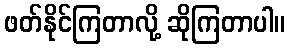
ဖတ်နိုင်ကြတာလို့ ဆိုကြတာပါ။